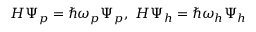
\begin{array} { r } { { \cal H } \Psi _ { p } = \hbar \omega _ { p } \Psi _ { p } , ~ { \cal H } \Psi _ { h } = \hbar \omega _ { h } \Psi _ { h } } \end{array}